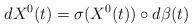
LaTeX: \begin{align*}dX^0(t)=\sigma(X^0(t))\circ d\beta(t)\end{align*}